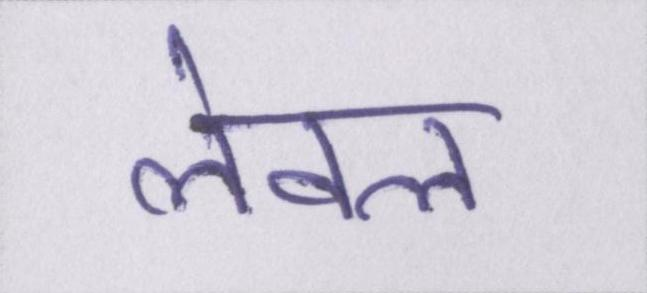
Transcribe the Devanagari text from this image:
लेवल